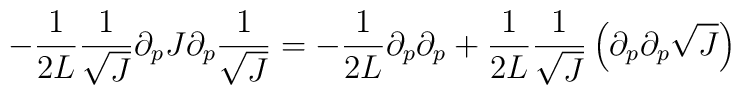
- \frac{1}{2L} \frac{1}{\sqrt{J}} \partial_{p}J \partial_{p} \frac{1}{\sqrt{J}} = - \frac{1}{2L}\partial_p \partial_p +\frac{1}{2L} \frac{1}{\sqrt{J}}\left(\partial_p \partial_p \sqrt{J}\right)